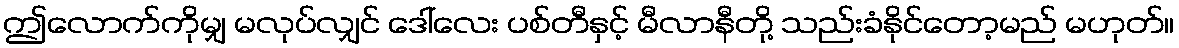
ဤလောက်ကိုမျှ မလုပ်လျှင် ဒေါ်လေး ပစ်တီနှင့် မီလာနီတို့ သည်းခံနိုင်တော့မည် မဟုတ်။